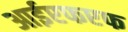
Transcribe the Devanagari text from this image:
आईएफएफ